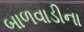
બાળવાડીના